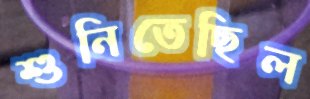
শুনিতেছিল